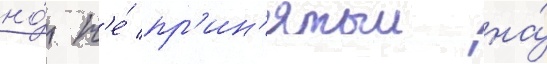
но́ н'е́ пр'ин'ятыи на́